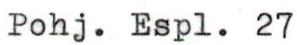
Pohj. Espl. 27